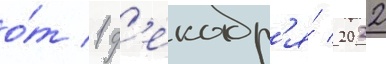
о́т 1 д'екабр'я́ 2022